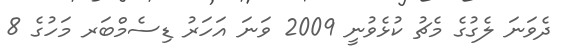
ދެވަނަ ލެގުގެ މެޗު ކުޅެވުނީ 2009 ވަނަ އަހަރު ޑިސެމްބަރ މަހުގެ 8